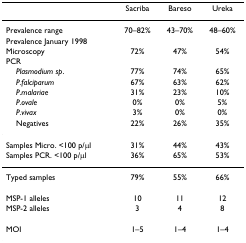
<table><thead><tr><td></td><td><b>Sacriba</b></td><td><b>Bareso</b></td><td><b>Ureka</b></td></tr></thead><tbody><tr><td>Prevalence range</td><td>70–82%</td><td>43–70%</td><td>48–60%</td></tr><tr><td>Prevalence January 1998</td><td></td><td></td><td></td></tr><tr><td>Microscopy</td><td>72%</td><td>47%</td><td>54%</td></tr><tr><td>PCR</td><td></td><td></td><td></td></tr><tr><td> <i>Plasmodium sp</i>.</td><td>77%</td><td>74%</td><td>65%</td></tr><tr><td> <i>P.falciparum</i></td><td>67%</td><td>63%</td><td>62%</td></tr><tr><td> <i>P.malariae</i></td><td>31%</td><td>23%</td><td>10%</td></tr><tr><td> <i>P.ovale</i></td><td>0%</td><td>0%</td><td>5%</td></tr><tr><td> <i>P.vivax</i></td><td>3%</td><td>0%</td><td>0%</td></tr><tr><td> Negatives</td><td>22%</td><td>26%</td><td>35%</td></tr><tr><td>Samples Micro. &lt;100 p/μl</td><td>31%</td><td>44%</td><td>43%</td></tr><tr><td>Samples PCR. &lt;100 p/μl</td><td>36%</td><td>65%</td><td>53%</td></tr><tr><td>Typed samples</td><td>79%</td><td>55%</td><td>66%</td></tr><tr><td>MSP-1 alleles</td><td>10</td><td>11</td><td>12</td></tr><tr><td>MSP-2 alleles</td><td>3</td><td>4</td><td>8</td></tr><tr><td>MOI</td><td>1–5</td><td>1–4</td><td>1–4</td></tr></tbody></table>